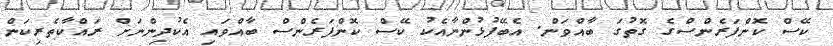
ކޭސް ކޮންފަރެންސްގެ ގޮތުގަ ބާއްވަން. އެބޭފުޅުންނާއެކު ކޭސް ކޮންފަރެންސް ބާއްވައި އެކުދިންނަށް ރައްކާތެރިކަން